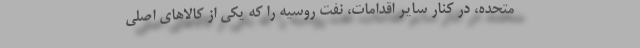
متحده، در کنار سایر اقدامات، نفت روسیه را که یکی از کالاهای اصلی